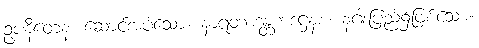
ဥပနီတေန၊ ဆောင်အပ်သော။ နာရံတာဒန္တကဋ္ဌေနစ၊ နဂါးပြည်၌ဖြစ်သော။